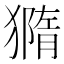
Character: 𤡪